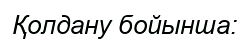
Қолдану бойынша: